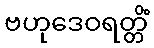
ဗဟုဒေဝရတ္တိံ